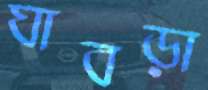
ঘাবড়া